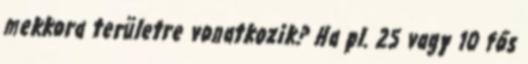
mekkora területre vonatkozik? Ha pl. 25 vagy 10 fős